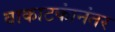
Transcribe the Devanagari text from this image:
वाकाटकांनंतर